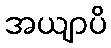
အယျာပိ